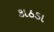
કાઠડા